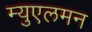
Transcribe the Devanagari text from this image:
म्युएलमन